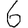
Digit: 6